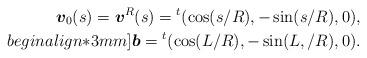
LaTeX: \begin{align*}\mbox{\mathversion{bold}$v$}_{0}(s)=\mbox{\mathversion{bold}$v$}^{R}(s)={}^{t}(\cos(s/R),-\sin (s/R), 0), \\begin{align*}3mm]\mbox{\mathversion{bold}$b$}={}^{t}(\cos(L/R),-\sin (L,/R), 0).\end{align*}